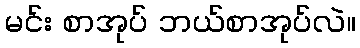
မင်း စာအုပ် ဘယ်စာအုပ်လဲ။